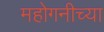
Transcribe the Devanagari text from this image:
महोगनीच्या